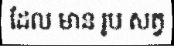
ដែល មាន រូប សត្វ